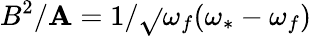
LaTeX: B^{2}/\mathbf{A}=1/\sqrt{}{{\omega_{f}}}(\omega_{*}-\omega_{f})